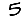
Digit: 5